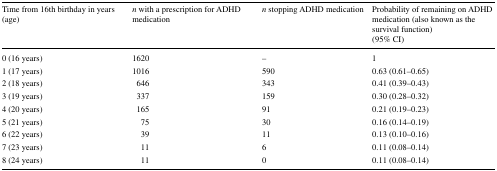
| Time from 16th birthday in years (age) | n with a prescription for ADHD medication | n stopping ADHD medication | Probability of remaining on ADHD medication (also known as the survival function)(95% CI) |
 | --- | --- | --- | --- |
 | 0 (16 years) | 1620 | – | 1 |
 | 1 (17 years) | 1016 | 590 | 0.63 (0.61–0.65) |
 | 2 (18 years) | 646 | 343 | 0.41 (0.39–0.43) |
 | 3 (19 years) | 337 | 159 | 0.30 (0.28–0.32) |
 | 4 (20 years) | 165 | 91 | 0.21 (0.19–0.23) |
 | 5 (21 years) | 75 | 30 | 0.16 (0.14–0.19) |
 | 6 (22 years) | 39 | 11 | 0.13 (0.10–0.16) |
 | 7 (23 years) | 11 | 6 | 0.11 (0.08–0.14) |
 | 8 (24 years) | 11 | 0 | 0.11 (0.08–0.14) |